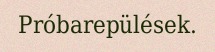
Próbarepülések.